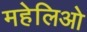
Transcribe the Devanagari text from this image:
महेलिओ